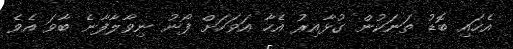
އެހައި ބޮޑު ތަނަކުން ގުޅާއިރު އެހާ އަވަހަަށް ފޯނު ނިވާލާފާނެ ބާވަ އެވެ